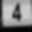
Digit: 4